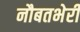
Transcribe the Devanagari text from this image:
नौबतभेरी